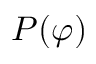
P ( \varphi )